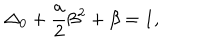
\Delta _ { 0 } + \frac { a } { 2 } \beta ^ { 2 } + \beta = 1 ,